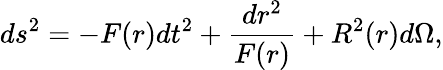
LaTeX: ds^{2}=-F(r)dt^{2}+{\frac{dr^{2}}{F(r)}}+R^{2}(r)d\Omega,